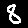
Digit: 8